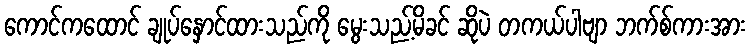
ကောင်ကထောင် ချုပ်နှောင်ထားသည်ကို မွေးသည့်မိခင် ဆိုပဲ တကယ်ပါဗျာ ဘက်စ်ကားအား